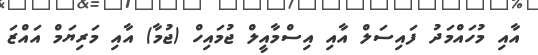
އާއި މުހައްމަދު ފައިސަލް އާއި އިސްމާއީލް ޖުމައިހް (ޖުމާ) އާއި މަރިޔަމް އައްޒަ